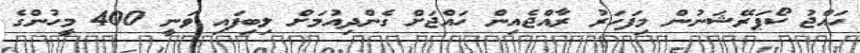
ހައްޖު ކޯޕަރޭޝަނުން މިފަހަރު ރާއްޖެއިން ހައްޖަށް ގެންދިއުމަށް ލިބިފައި ވަނީ 400 މީހުންގެ